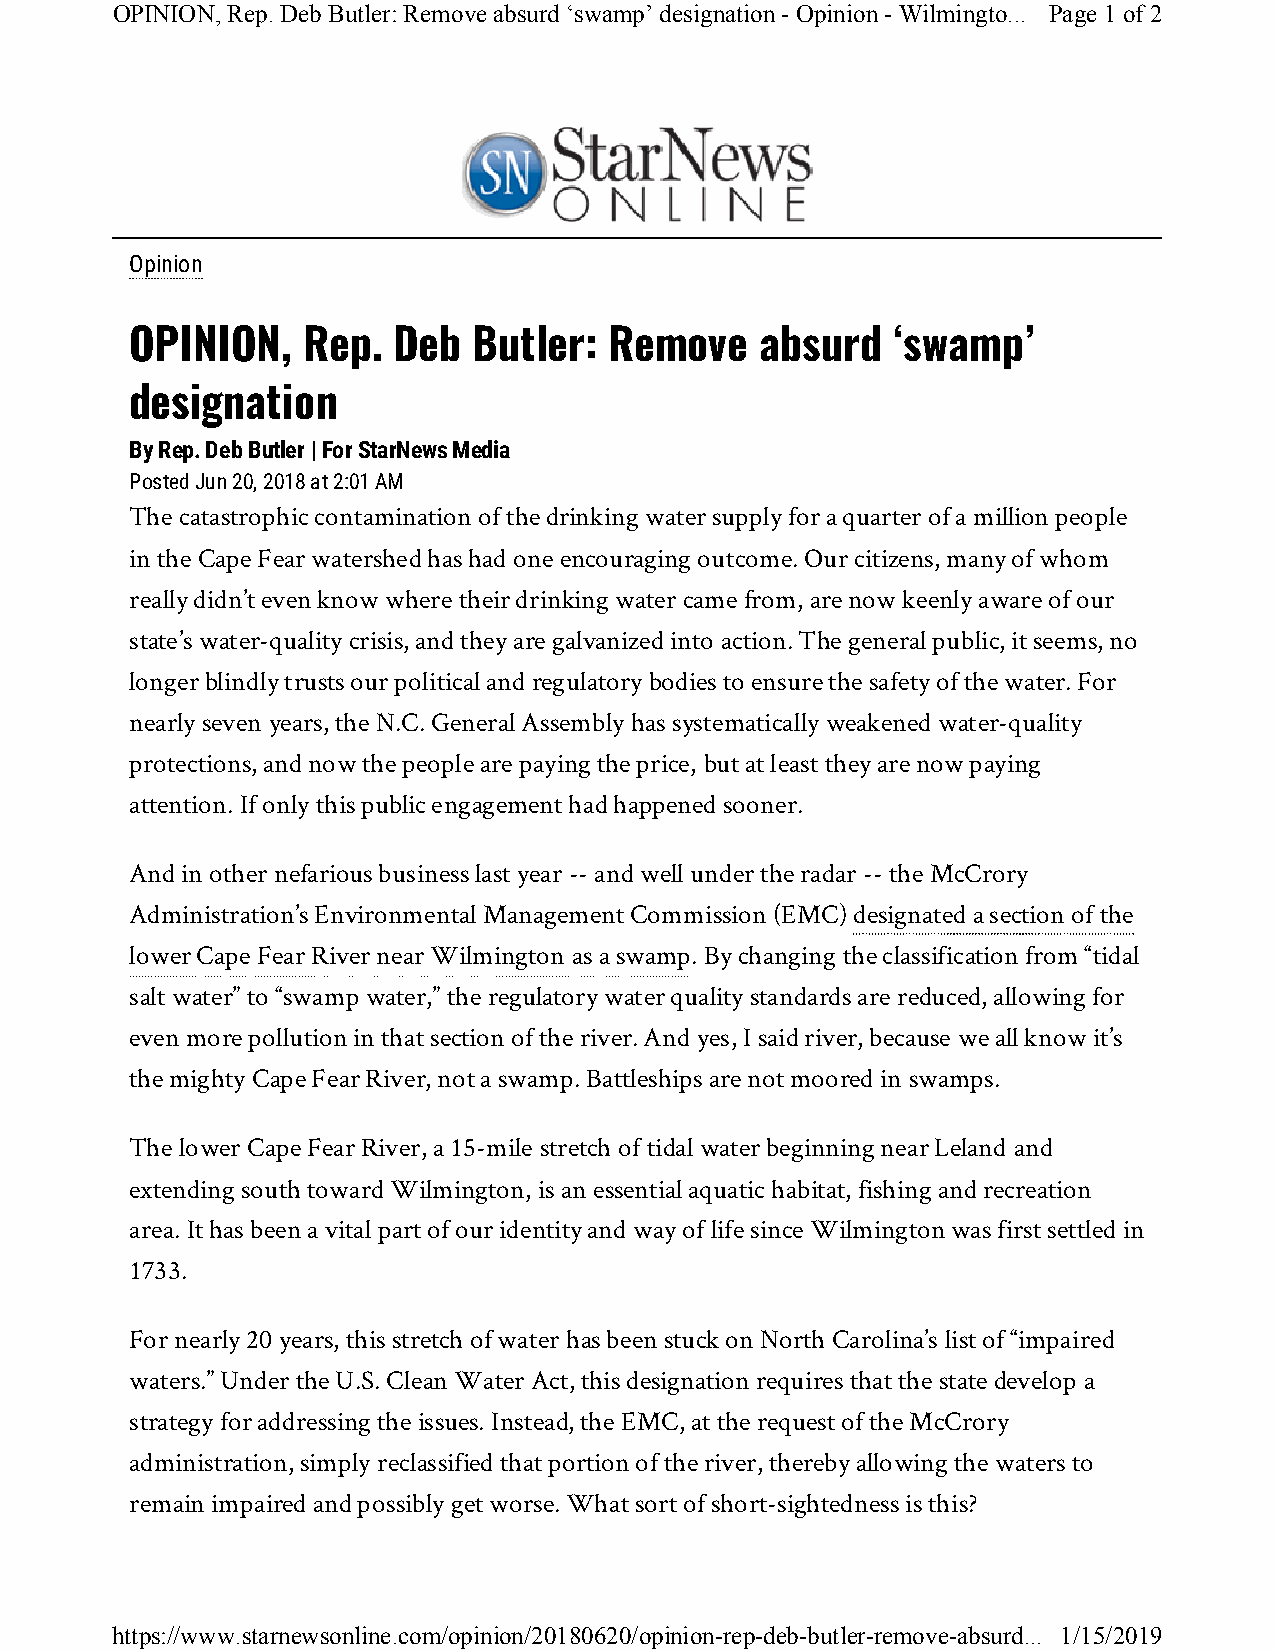
OPINION, Rep. Deb Butler: Remove absurd ‘swamp’ designation - Opinion - Wilmingto... Page 1 of 2
 Opinion
 OPINION,   Rep.  Deb  Butler:  Remove    absurd   ‘swamp’
 designation
 By Rep. Deb Butler | For StarNews Media
 Posted Jun 20, 2018 at 2:01 AM
 The catastrophic contamination of the drinking water supply for a quarter of a million people
 in the Cape Fear watershed has had one encouraging outcome. Our citizens, many of whom
 really didn’t even know where their drinking water came from, are now keenly aware of our
 state’s water-quality crisis, and they are galvanized into action. The general public, it seems, no
 longer blindly trusts our political and regulatory bodies to ensure the safety of the water. For
 nearly seven years, the N.C. General Assembly has systematically weakened water-quality
 protections, and now the people are paying the price, but at least they are now paying
 attention. If only this public engagement had happened sooner.
 And in other nefarious business last year -- and well under the radar -- the McCrory
 Administration’s Environmental Management Commission (EMC) designated a section of the
 lower Cape Fear River near Wilmington as a swamp. By changing the classification from “tidal
 salt water” to “swamp water,” the regulatory water quality standards are reduced, allowing for
 even more pollution in that section of the river. And yes, I said river, because we all know it’s
 the mighty Cape Fear River, not a swamp. Battleships are not moored in swamps.
 The lower Cape Fear River, a 15-mile stretch of tidal water beginning near Leland and
 extending south toward Wilmington, is an essential aquatic habitat, fishing and recreation
 area. It has been a vital part of our identity and way of life since Wilmington was first settled in
 1733.
 For nearly 20 years, this stretch of water has been stuck on North Carolina’s list of “impaired
 waters.” Under the U.S. Clean Water Act, this designation requires that the state develop a
 strategy for addressing the issues. Instead, the EMC, at the request of the McCrory
 administration, simply reclassified that portion of the river, thereby allowing the waters to
 remain impaired and possibly get worse. What sort of short-sightedness is this?
 https://www.starnewsonline.com/opinion/20180620/opinion-rep-deb-butler-remove-absurd... 1/15/2019